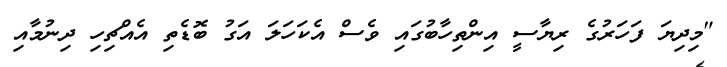
"މިދިޔަ ފަހަރުގެ ރިޔާސީ އިންތިހާބުގައި ވެސް އެކަހަލަ އަގު ބޮޑެތި އެއްޗިހި ދިނުމާއި